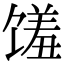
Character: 馐